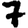
Digit: 7